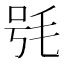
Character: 𣭖